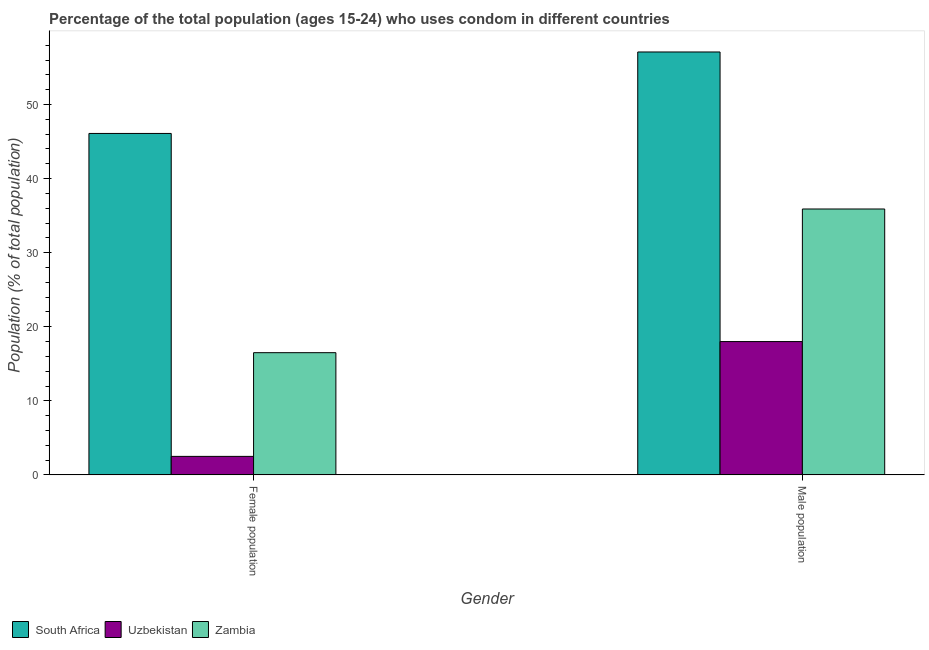
| Gender | South Africa | Uzbekistan | Zambia |
 | --- | --- | --- | --- |
 | Female population | 46.1 | 2.5 | 16.5 |
 | Male population | 57.1 | 18 | 35.9 |